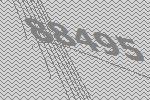
88495